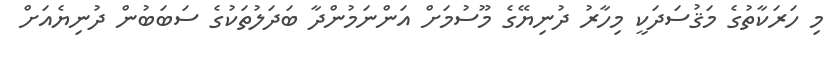
މި ހަރަކާތުގެ މަޤުސަދަކީ މިހާރު ދުނިޔޭގެ މޫސުމަށް އަންނަމުންދާ ބަދަލުތަކުގެ ސަބަބުން ދުނިޔެއަށް